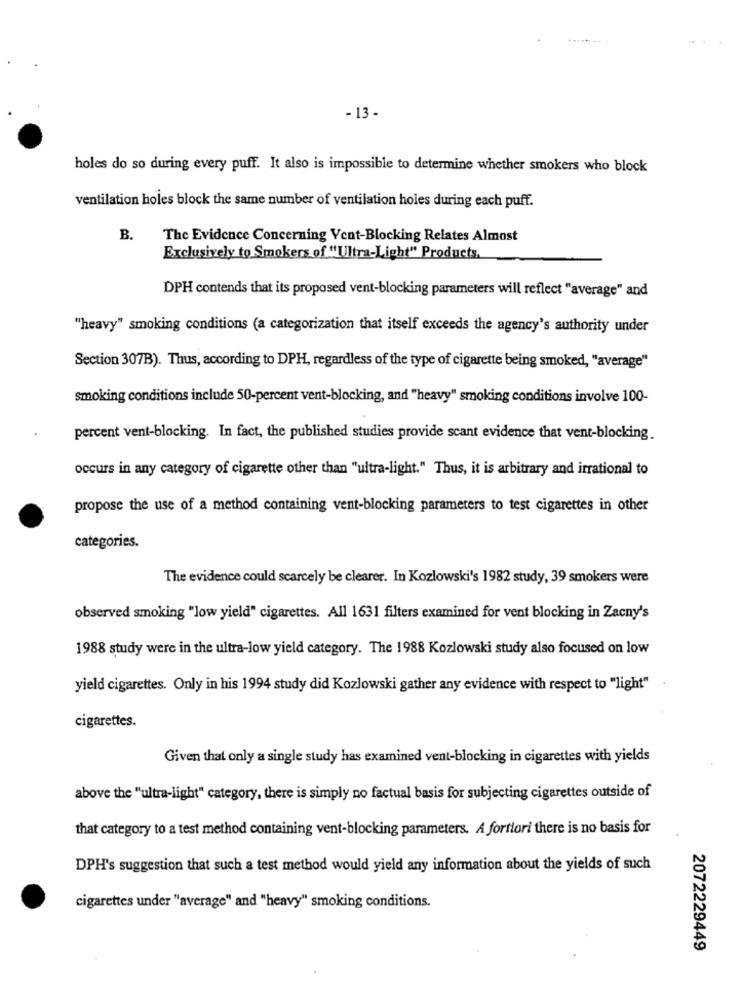
- 13-
holes do so during every puff. It also is impossible to determine whether smokers who block
ventilation holes block the same number of ventilation holes during each puff.
B.
The Evidence Concerning Vent-Blocking Relates Almost
Exclusively to Smokers of "Ultra-Light" Products,
DPH contends that its proposed vent-blocking parameters will reflect "average" and
"heavy" smoking conditions (a categorization that itself exceeds the agency's authority under
Section 307B). Thus, according to DPH, regardless of the type of cigarette being smoked, "average"
smoking conditions include 50-percent vent-blocking, and "heavy" smoking conditions involve 100-
percent vent-blocking. In fact, the published studies provide scant evidence that vent-blocking
occurs in any category of cigarette other than "ultra-light." Thus, it is arbitrary and irrational to
propose the use of a method containing vent-blocking parameters to test cigarettes in other
categories.
The evidence could scarcely be clearer. In Kozlowski's 1982 study, 39 smokers were
observed smoking "low yield" cigarettes. All 1631 filters examined for vent blocking in Zacny's
1988 study were in the ultra-low yield category. The 1988 Kozlowski study also focused on low
yield cigarettes. Only in his 1994 study did Kozlowski gather any evidence with respect to "light"
cigarettes.
Given that only a single study has examined vent-blocking in cigarettes with yields
above the "ultra-light" category, there is simply no factual basis for subjecting cigarettes outside of
that category to a test method containing vent-blocking parameters. A fortiori there is no basis for
DPH's suggestion that such a test method would yield any information about the yields of such
cigarettes under "average" and "heavy" smoking conditions.
2072229449